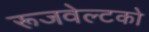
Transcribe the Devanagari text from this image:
रूजवेल्टको